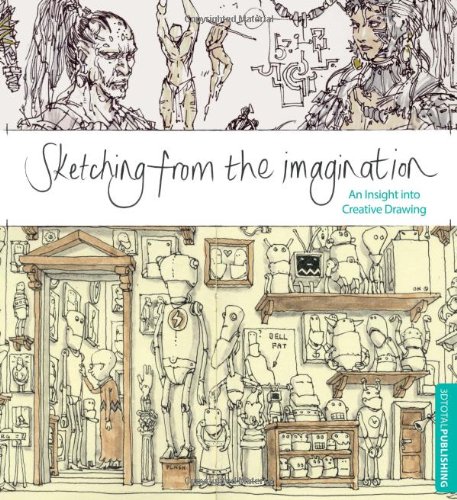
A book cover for Sketching from the Imagination: An Insight into Creative Drawing; Arts & Photography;